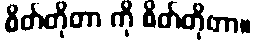
စိတ်တိုတာ ကို စိတ်တိုတာ။